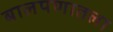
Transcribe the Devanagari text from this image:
बालपणातला